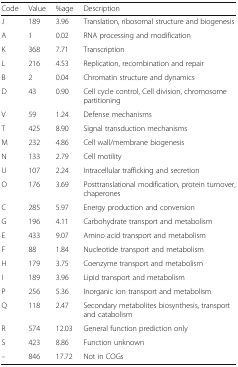
<table><thead><tr><td><b>Code</b></td><td><b>Value</b></td><td><b>%age</b></td><td><b>Description</b></td></tr></thead><tbody><tr><td>J</td><td>189</td><td>3.96</td><td>Translation, ribosomal structure and biogenesis</td></tr><tr><td>A</td><td>1</td><td>0.02</td><td>RNA processing and modification</td></tr><tr><td>K</td><td>368</td><td>7.71</td><td>Transcription</td></tr><tr><td>L</td><td>216</td><td>4.53</td><td>Replication, recombination and repair</td></tr><tr><td>B</td><td>2</td><td>0.04</td><td>Chromatin structure and dynamics</td></tr><tr><td>D</td><td>43</td><td>0.90</td><td>Cell cycle control, Cell division, chromosome partitioning</td></tr><tr><td>V</td><td>59</td><td>1.24</td><td>Defense mechanisms</td></tr><tr><td>T</td><td>425</td><td>8.90</td><td>Signal transduction mechanisms</td></tr><tr><td>M</td><td>232</td><td>4.86</td><td>Cell wall/membrane biogenesis</td></tr><tr><td>N</td><td>133</td><td>2.79</td><td>Cell motility</td></tr><tr><td>U</td><td>107</td><td>2.24</td><td>Intracellular trafficking and secretion</td></tr><tr><td>O</td><td>176</td><td>3.69</td><td>Posttranslational modification, protein turnover, chaperones</td></tr><tr><td>C</td><td>285</td><td>5.97</td><td>Energy production and conversion</td></tr><tr><td>G</td><td>196</td><td>4.11</td><td>Carbohydrate transport and metabolism</td></tr><tr><td>E</td><td>433</td><td>9.07</td><td>Amino acid transport and metabolism</td></tr><tr><td>F</td><td>88</td><td>1.84</td><td>Nucleotide transport and metabolism</td></tr><tr><td>H</td><td>179</td><td>3.75</td><td>Coenzyme transport and metabolism</td></tr><tr><td>I</td><td>189</td><td>3.96</td><td>Lipid transport and metabolism</td></tr><tr><td>P</td><td>256</td><td>5.36</td><td>Inorganic ion transport and metabolism</td></tr><tr><td>Q</td><td>118</td><td>2.47</td><td>Secondary metabolites biosynthesis, transport and catabolism</td></tr><tr><td>R</td><td>574</td><td>12.03</td><td>General function prediction only</td></tr><tr><td>S</td><td>423</td><td>8.86</td><td>Function unknown</td></tr><tr><td>–</td><td>846</td><td>17.72</td><td>Not in COGs</td></tr></tbody></table>